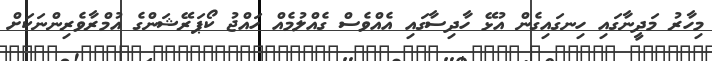
މިހާރު މަދީނާގައި ހިނގައިގެން އުޅޭ ހާދިސާގައި އެއްވެސް ގެއްލުމެއް ހައްޖު ކޯޕަރޭޝަންގެ އުމްރާވެރިންނަކަށް